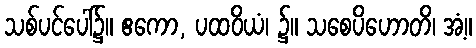
သစ်ပင်ပေါ်၌။ ဧကော, ပထဝိယံ၊ ၌။ သစေပိဟောတိ၊ အံ့။